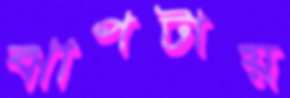
ঝাপটায়